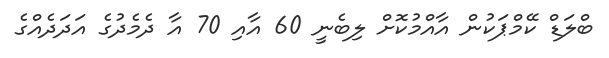
ބްލަޑް ކޭމްޕަކުން އާއްމުކޮށް ލިބެނީ 60 އާއި 70 އާ ދެމެދުގެ އަދަދެއްގެ